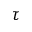
\boldsymbol { \tau }